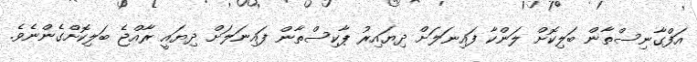
އަފްގާނިސްތާން ބަލިކޮށް ލަންކާ ފައިނަލަށް ދިޔައިރު ޕާކިސްތާން ފައިނަލަށް ދިޔައީ ރާއްޖެ ބަލިކޮށްގެންނެވެ.